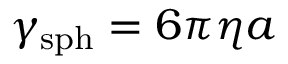
\gamma _ { \mathrm { s p h } } = 6 \pi \eta a